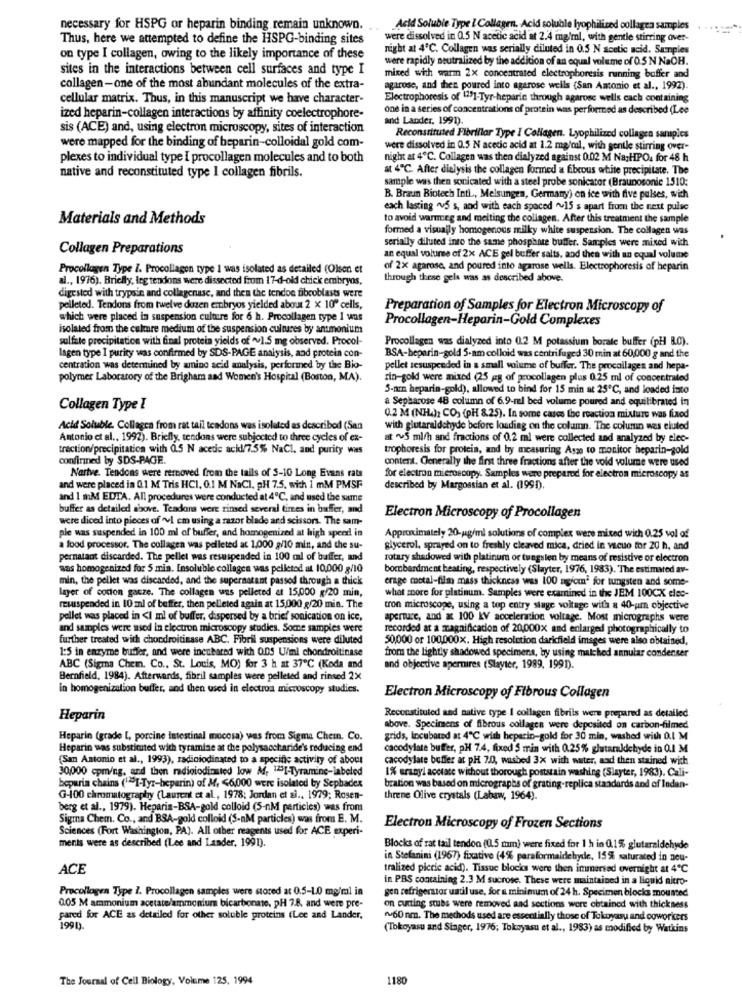
necessary for HSPG or heparin binding remain unknown.
Acid Soluble Type I Collagen. Acid soluble lyophilized collagen samples
Thus, here we attempted to define the HSPG-binding sites
were dissolved in 0.5 N acetic acid at 2.4 mg/ml, with gentle stirring over-
night at 4℃. Collagen was serially diluted in 0.5 N acetic acid. Samples
on type I collagen, owing to the likely importance of these
were rapidly neutralized by the addition of an equal volume of 0.5 N NaOH.
sites in the interactions between cell surfaces and type I
mixed with warm 2x concentrated electrophoresis running buffer and
collagen-one of the most abundant molecules of the extra-
agarose, and then poured into agarose wells (San Antonio et al ., 1992).
cellular matrix. Thus, in this manuscript we have character-
Electrophoresis of "771-Tyr-heparin through agarose wells cach containing
one in a series of concentrations of protein was performed as described (Lee
ized heparin-collagen interactions by affinity coelectrophore-
and Lander. 1991).
sis (ACE) and, using electron microscopy, sites of interaction
were mapped for the binding of heparin-colloidal gold com-
Reconstituted Plbrillar Type I Collagen. Lyophilized collagen samples
were dissolved in 0.5 N acetic acid at 1.2 mg/ml, with gentle stirring over-
plexes to individual type [ procollagen molecules and to both
night at 4℃. Collagen was then dialyzed against 0.02 M Na HPO. for 48 h
at 4℃. After dielysis the collagen formed a fibrous white precipitate. The
native and reconstituted type I collagen fibrils.
sample was then sonicated with a steel probe sonicator (Braunosonie 1510:
B. Braun Biotech Inti ., Melsungen, Germany) on ice with five pulses, with
each lasting ~5 s, and with each spaced ~15 s apart from the next pulse
Materials and Methods
to avoid warmmeg and melting the collagen. After this treatment the sample
formed a visually homogenous milky white suspension. The collagen was
serially diluted into the same phosphate buffer. Samples were mixed with
Collagen Preparations
an equal volume of 2x ACE gel buffer salts, and then with an equal volume
Procollagen Type 7. Procollagen type 1 was isolated as detailed (Olsen et
of 2x agarose, and poured into agarose wells. Electrophoresis of heparin
l ., 1976). Briefly, leg tendons were dissected from 17-d-old chick embryos,
through these gels was as described above.
digested with trypsin and collagenase, and then the tendoe fibroblasts were
pelleted. Tendons from twelve dozen embryos yielded about 2 x 10" cells,
Preparation of Samples for Electron Microscopy of
which were placed in suspension culture for 6 h. Procollagen type 1 wns
Procollagen-Heparin-Gold Complexes
isolated from the cultre medium of the suspension cultures by ammonium
sulfate precipitation with final protein yields of ~].5 mg observed. Procol-
Procollagen was dialyzed into 0.2 M potassium borate buffer (pH BO).
lagen type I purity was confirmed by SDS-PAGE analysis, and protein con-
BSA-heparin-gold 5-am colloid was centrifuged 30 min at 60,000 g and the
centration was determined by amino acid analysis, performed by the Bio-
pellet sesuspended in a small volume of buffer. The procollagen and hepa-
polymer Laboratory of the Brigham and Women's Hospital (Boston, MA).
rin-gold were mixed (25 gg of geocollagen plus 0.25 ml of concentrated
5-nm heparin-gold), allowed to bind for 15 min at 25℃, and loaded into
a Sepharose 48 column of 6.9-ml bed volume poured and equilibrated in
Collagen Type I
0.2 M (NH4): CO) (pH 8.25). In some cases the reaction mixture was fixed
Acid Soluble. Collagen from rat tail tendons was isolated as described (San
with glutaraldehyde before loading on the column. The column wes eluted
Antonio et al ., 1992). Briefly, tendons were subjected to three cycles of ex-
at ~5 ml/h and fractions of 0.2 ml were collected and analyzed by elec-
traction/precipitation with (.5 N acetic acid/7.5% NaCl, and purity was
trophoresis for protein, and by measuring Asso to monitor heparin-gold
confirmned by SDS-PAGE.
content. Generally the first three fractions after the void volume were used
Nartve. Tendons were removed from the tails of 5-10 Long Evans rats
for electron microscopy. Samples were prepared for electron microscopy as
and were placed in 0.1 M Tris HCI, 0.1 M NaCl, pH 7.5. wich 1 mM PMSF
described by Margossian et al. (1991).
and 1 mM EDTA. All procedures were conducted at 4℃, and used the same
buffer as detailed above. Teadora were rinsed several times in buffer, and
were diced into pieces of ~ em using a razor blade and scissors. The sam-
Electron Microscopy of Procollagen
ple was suspended in 100 ml of buffer, and homogenized at high speed in
Approximately 20-ug/ml solutions of complex were mixed with 0.25 vol of
a food processor. The collagen was pelleted at 1,000 g/10 min, and the su-
glycerol, sprayed on to freshly cleaved mica, dried in vacuo for 20 h, and
pernatant discarded. The pellet was resuspended in 100 ml of baffer, and
rotary shadowed with platinum or tungsten by means of resistive or electron
sas homogenized for 5 min. Ensoluble collagen was pelleted at 10,000 g/10
bombardment beating, respectively (Slayter, 1976, 1983). The estimated av-
min, the pellet was discarded, and the supernatant passed through a thick
erage metal-film mass thickness was 100 ngjemª for tungsten and some-
lager of cocon gacze. The collagen was pelleted at 15,000 g/20 min,
what more for platinum. Samples were examined in the JEM 100CX elec-
reuispended in 10 ml of beffer, then pelleted again at 15,000 g/20 min. The
tron microscope, using a top entry stage voltage with a 40-um objective
pellet was placed in <1 ml of buffer, dispersed by a brief sonication on ice,
aperture, and & 100 LV acceleration voltage. Most micrographs were
and samples were used in electron microscopy studies. Some samples were
recorded at a magnification of 20,000x and enlarged photographically to
further treated with chondroitinase ABC. Fibril suspensions were diluted
50,000 or 100,000x. High resolution daricfield images were also obtained,
1:5 in enzyme buffer, and were incubared with 0.05 U/ml chondroitinase
from the lightly shadowed specimens, by using matched annular condenser
ABC (Sigma Chem. Co ., St. Louis, MO) for 3 h at 37℃ (Koda and
and objective spermires (Slayter, 1989, 1991).
Bernfield, 1984). Afterwards, fibril samples were pelleted and rinsed 2X
in homogenization buffer, and then used in electron microscopy studies.
Electron Microscopy of Fibrous Collagen
Heparin
Reconstituted and native type I collagen fibrils were prepared as detailed
above. Specimens of fibrous collagen were deposited on carbon-filmed
Heparin (grade [, porcine intestinal mucosa) was from Sigma Chem. Co.
grids, incubated at 4℃ with heparin-gold for 30 min, washed with 0.I M
Heparin was substituted with tyramine at the polysaccharide's reducing end
cacodylate buffer, pH 7.4, fixed 5 min with 0.25% glutarakdichyde in Q.I M
(San Antonio et al ., 1993), radiniodinated to a specific activity of about
cacodylate buffer at pH 20, washed 3X with water, and then stained with
30,000 cpm/ng, and then radioiodinsted low M, 1231-Tyramine-labeled
1% eranyl acetate without thorough poststain washing (Slzyter, 1983). Cali-
beparia chains (1"I-Tyz-heparin) of M. < 6.000 were isolated by Sephadex
bration was based on micrographs of grating-replica standards and of Indan-
G-100 chromatography (Laurent et al, 1978; Jordan et al ., 1979; Rosen-
threne Olive crystals (Labaw, 1964).
berg et al ., 1979). Heparin-BSA-gold colloid (5-nM particles) was from
Sigma Chem. Co ., and BSA-gold colloid (5-nM particles) was from E. M.
Sciences (Fort Washington, PA). All other reagents used for ACE experi-
Electron Microscopy of Frozen Sections
ments were as described (Lee and Lander, 1991).
Blocks of rat tail tendon (0.5 mm) were fixed for 1 h in 0.1% glutaraldehyde
in Stefanini (1967) frative (4% paraformaldehyde, 15% saturated in neu-
ACE
tralized picric acid). Tissue block were then immersed overnight at 4℃
in PBS containing 2.3 M sucrose. These were maintained in a liquid nitro-
Procollogen Type 7. Procollagen samples were stored at 0.5-10 mg/ml in
0.05 M ammonium acetate/ammonium bicarbonate, pH 7.8, and were pre-
gen refrigerator until use, for a minimum of 24 h. Specimen blocks mounted
on cutting stubs were removed and sections were obtained with thickness
pared for ACE as detailed for other soluble proteins (Lee and Lander,
~60 nm. The methods used are essentially those of Tokoyasu and ooworkers
1991)
(Tokoyasu and Singer, 1976; Tokoyasu et al ., 1983) as modified by Watkins
The Journal of Cell Biology, Volume 125, 1994
1180